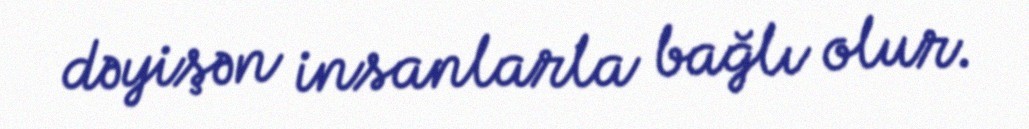
dəyişən insanlarla bağlı olur.